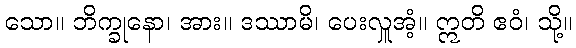
သော။ ဘိက္ခုနော၊ အား။ ဒဿာမိ၊ ပေးလှူအံ့။ ဣတိ ဧဝံ၊ သို့။